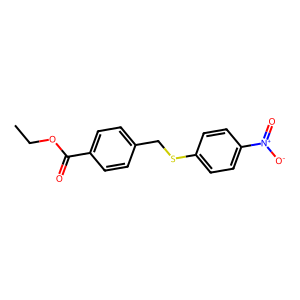
SMILES: CCOC(=O)c1ccc(CSc2ccc([N+](=O)[O-])cc2)cc1
Inhibits HIV replication: No